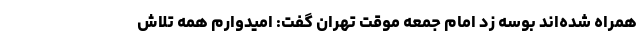
همراه شده‌اند بوسه زد امام جمعه موقت تهران گفت: امیدوارم همه تلاش